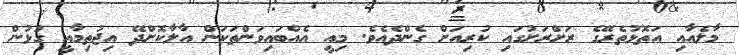
މާލެއާއި އަތޮޅުތެރޭގެ ރަށްރަށުގައި ކުރިއަށް ގެންދެއެވެ. މިއީ އެއްބައިވަންތަކަން އާލާކޮށްދޭ އިޖުތިމާއީ ގުޅުން